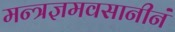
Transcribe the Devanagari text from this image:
मन्त्रज्ञमवसानीनं